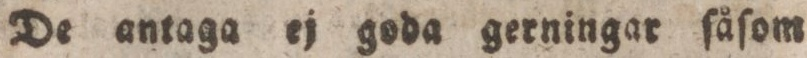
De antaga ej goda gerningar ſåſom